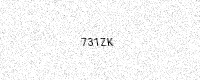
Text: 731ZK